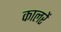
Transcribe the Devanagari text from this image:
कालरें